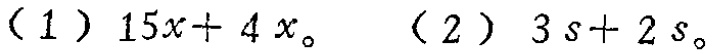
(1) \(15x + 4x\)。(2) \(3s + 2s\)。